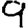
Digit: 9